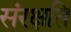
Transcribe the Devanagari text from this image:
संरक्षति